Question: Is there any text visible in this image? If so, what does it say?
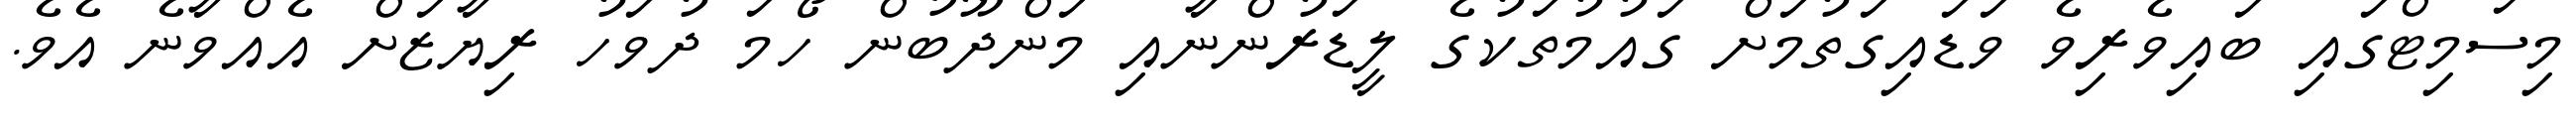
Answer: މިސަމިޓްގައި ބައިވެރިވެ ވަޑައިގަތުމަށް ގައުމުތަކުގެ ލީޑަރުންނާއި މަންދޫބުން ހޯމަ ދުވަހު ރިޔާޒަށް އެއްވާނެ އެވެ.